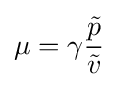
\mu =\gamma {\frac {\tilde {p}}{\tilde {v}}}